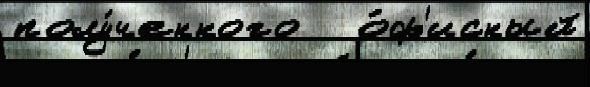
полу́ченного   о́ф'исный